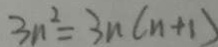
3 n ^ { 2 } = 3 n ( n + 1 )